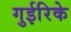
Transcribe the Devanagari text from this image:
गुईरिके